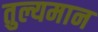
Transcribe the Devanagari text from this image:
तुल्यमान